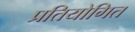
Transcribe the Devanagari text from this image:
प्रतियोगित